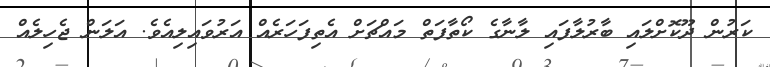
ކަރުން ދޫކޮށްލައި ބާރުލާފައި ލާނާގެ ކޯތާފަތް މައްޗަށް އެތިފަހަރެއް އަރުވައިލިއެވެ. އަލަން ޖެހިލެއް